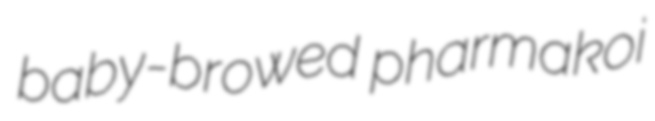
baby-browed pharmakoi